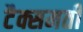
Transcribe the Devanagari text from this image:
टैक्समती